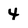
Character: 4